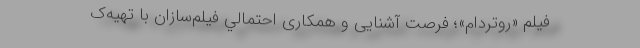
فیلم «روتردام»؛ فرصت آشنایی و همكاری احتمالي فيلم‌سازان با تهیه‌ک